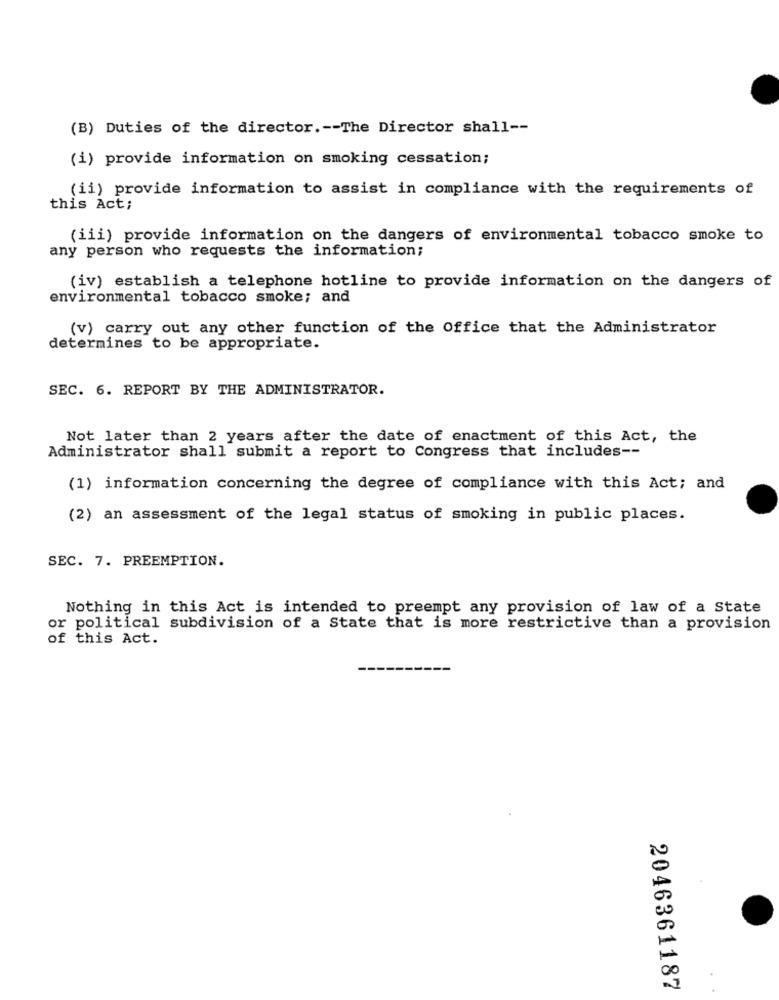
(B) Duties of the director .-- The Director shall --
(i) provide information on smoking cessation;
(ii) provide information to assist in compliance with the requirements of
this Act;
(iii) provide information on the dangers of environmental tobacco smoke to
any person who requests the information;
(iv) establish a telephone hotline to provide information on the dangers of
environmental tobacco smoke; and
(v) carry out any other function of the Office that the Administrator
determines to be appropriate.
SEC. 6. REPORT BY THE ADMINISTRATOR.
Not later than 2 years after the date of enactment of this Act, the
Administrator shall submit a report to Congress that includes --
(1) information concerning the degree of compliance with this Act; and
(2) an assessment of the legal status of smoking in public places.
SEC. 7. PREEMPTION.
Nothing in this Act is intended to preempt any provision of law of a State
or political subdivision of a State that is more restrictive than a provision
of this Act.
2046361187